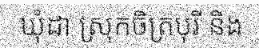
ឃុំដា ស្រុកចិត្របុរី និង